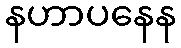
နဟာပနေန